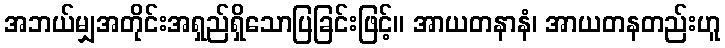
အဘယ်မျှအတိုင်းအရှည်ရှိသောပြခြင်းဖြင့်။ အာယတနာနံ၊ အာယတနတည်းဟူ